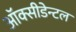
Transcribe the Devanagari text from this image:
ऑक्सीडेन्टल